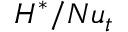
H ^ { * } / N u _ { t }